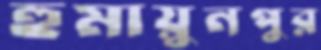
হুমায়ুনপুর